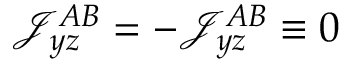
\mathcal { J } _ { y z } ^ { A B } = - \mathcal { J } _ { y z } ^ { A B } \equiv 0